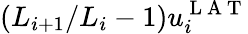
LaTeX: ({L_{i+1}}/{L_{i}}-1)u_{i}^{\mathrm{~L~A~T~}}